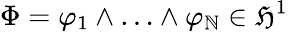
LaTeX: \Phi=\varphi_{1}\wedge\ldots\wedge\varphi_{\mathbb{N}}\in\mathfrak{{H}}^{1}